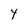
Character: y